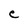
Character: e